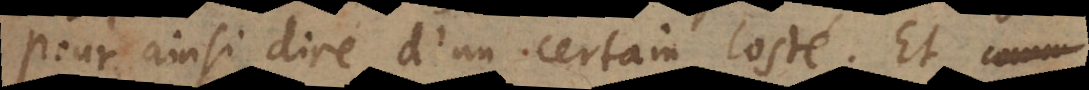
pour ainsi dire d’un certain costé. Et comm